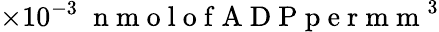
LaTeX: \times 10^{-3}\; \mathrm{~n~m~o~l~o~f~A~D~P~p~e~r~m~m~}^{3}